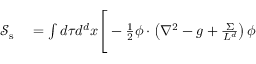
\begin{array} { r l } { \mathcal { S } _ { \mathrm { s } } } & { { } = \int d \tau d ^ { d } x \Bigg [ - \frac { 1 } { 2 } \boldsymbol { \phi } \cdot \left( \nabla ^ { 2 } - g + \frac { \Sigma } { L ^ { d } } \right) \boldsymbol { \phi } } \end{array}